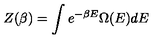
Z ( \beta ) = \int e ^ { - \beta E } \Omega ( E ) d E